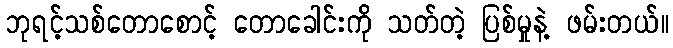
ဘုရင့်သစ်တောစောင့် တောခေါင်းကို သတ်တဲ့ ပြစ်မှုနဲ့ ဖမ်းတယ်။